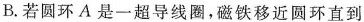
B.若圆环A是一超导线圈，磁铁移近圆环直到